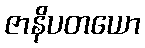
ဇာနိပတယော